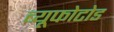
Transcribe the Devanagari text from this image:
ब्यूफोटोड